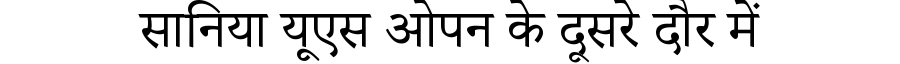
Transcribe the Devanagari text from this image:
सानिया यूएस ओपन के दूसरे दौर में